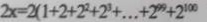
2 x = 2 ( 1 + 2 + 2 ^ { 2 } + 2 ^ { 3 } + \cdots + 2 ^ { 9 9 } + 2 ^ { 1 0 0 }